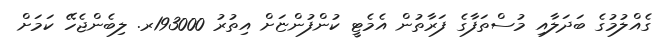
ގެއްލުމުގެ ބަދަލާއި މުސްތަފާގެ ފަރާތުން އެމެޓީ ކުންފުންޏަށް އިތުރު 193000ރ. ލިބެންޖެހޭ ކަމަށް